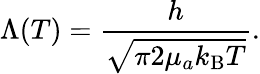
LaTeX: \Lambda(T)=\frac{h}{\sqrt{\pi 2\mu_{a}k_{\mathrm{B}}T}}.